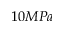
1 0 M P a